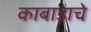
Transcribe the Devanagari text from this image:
काबाडाचे